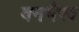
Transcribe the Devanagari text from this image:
वनभैरव